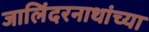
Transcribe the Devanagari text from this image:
जालिंदरनाथांच्या